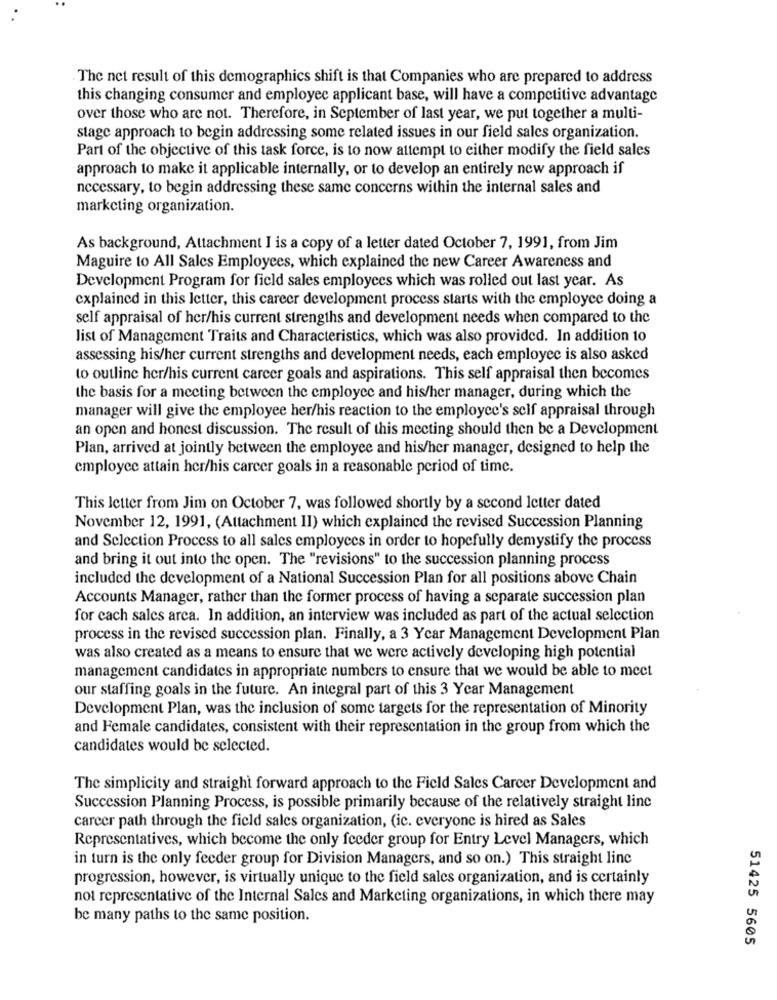
The net result of this demographics shift is that Companies who are prepared to address
this changing consumer and employee applicant base, will have a competitive advantage
over those who are not. Therefore, in September of last year, we put together a multi-
stage approach to begin addressing some related issues in our field sales organization.
Part of the objective of this task force, is to now attempt to either modify the field sales
approach to make it applicable internally, or to develop an entirely new approach if
necessary, to begin addressing these same concerns within the internal sales and
marketing organization.
As background, Attachment I is a copy of a letter dated October 7, 1991, from Jim
Maguire to All Sales Employees, which explained the new Career Awareness and
Development Program for field sales employees which was rolled out last year. As
explained in this letter, this career development process starts with the employee doing a
self appraisal of her/his current strengths and development needs when compared to the
list of Management Traits and Characteristics, which was also provided. In addition 10
assessing his/her current strengths and development needs, each employee is also asked
to outline her/his current career goals and aspirations. This self appraisal then becomes
the basis for a meeting between the employee and his/her manager, during which the
manager will give the employee her/his reaction to the employee's self appraisal through
an open and honest discussion. The result of this meeting should then be a Development
Plan, arrived at jointly between the employee and his/her manager, designed to help the
employee attain her/his career goals in a reasonable period of time.
This letter from Jim on October 7, was followed shortly by a second letter dated
November 12, 1991, (Attachment II) which explained the revised Succession Planning
and Selection Process to all sales employees in order to hopefully demystify the process
and bring it out into the open. The "revisions" to the succession planning process
included the development of a National Succession Plan for all positions above Chain
Accounts Manager, rather than the former process of having a separate succession plan
for cach sales arca. In addition, an interview was included as part of the actual selection
process in the revised succession plan. Finally, a 3 Year Management Development Plan
was also created as a means to ensure that we were actively developing high potential
management candidates in appropriate numbers to ensure that we would be able to meet
our staffing goals in the future. An integral part of this 3 Year Management
Development Plan, was the inclusion of some targets for the representation of Minority
and Female candidates, consistent with their representation in the group from which the
candidates would be selected.
The simplicity and straight forward approach to the Field Sales Career Development and
Succession Planning Process, is possible primarily because of the relatively straight line
career path through the field sales organization, (ic. everyone is hired as Sales
Representatives, which become the only feeder group for Entry Level Managers, which
in turn is the only feeder group for Division Managers, and so on.) This straight line
progression, however, is virtually unique to the field sales organization, and is certainly
not representative of the Internal Sales and Marketing organizations, in which there may
be many paths to the same position.
51425 5605